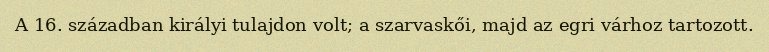
A 16. században királyi tulajdon volt; a szarvaskői, majd az egri várhoz tartozott.